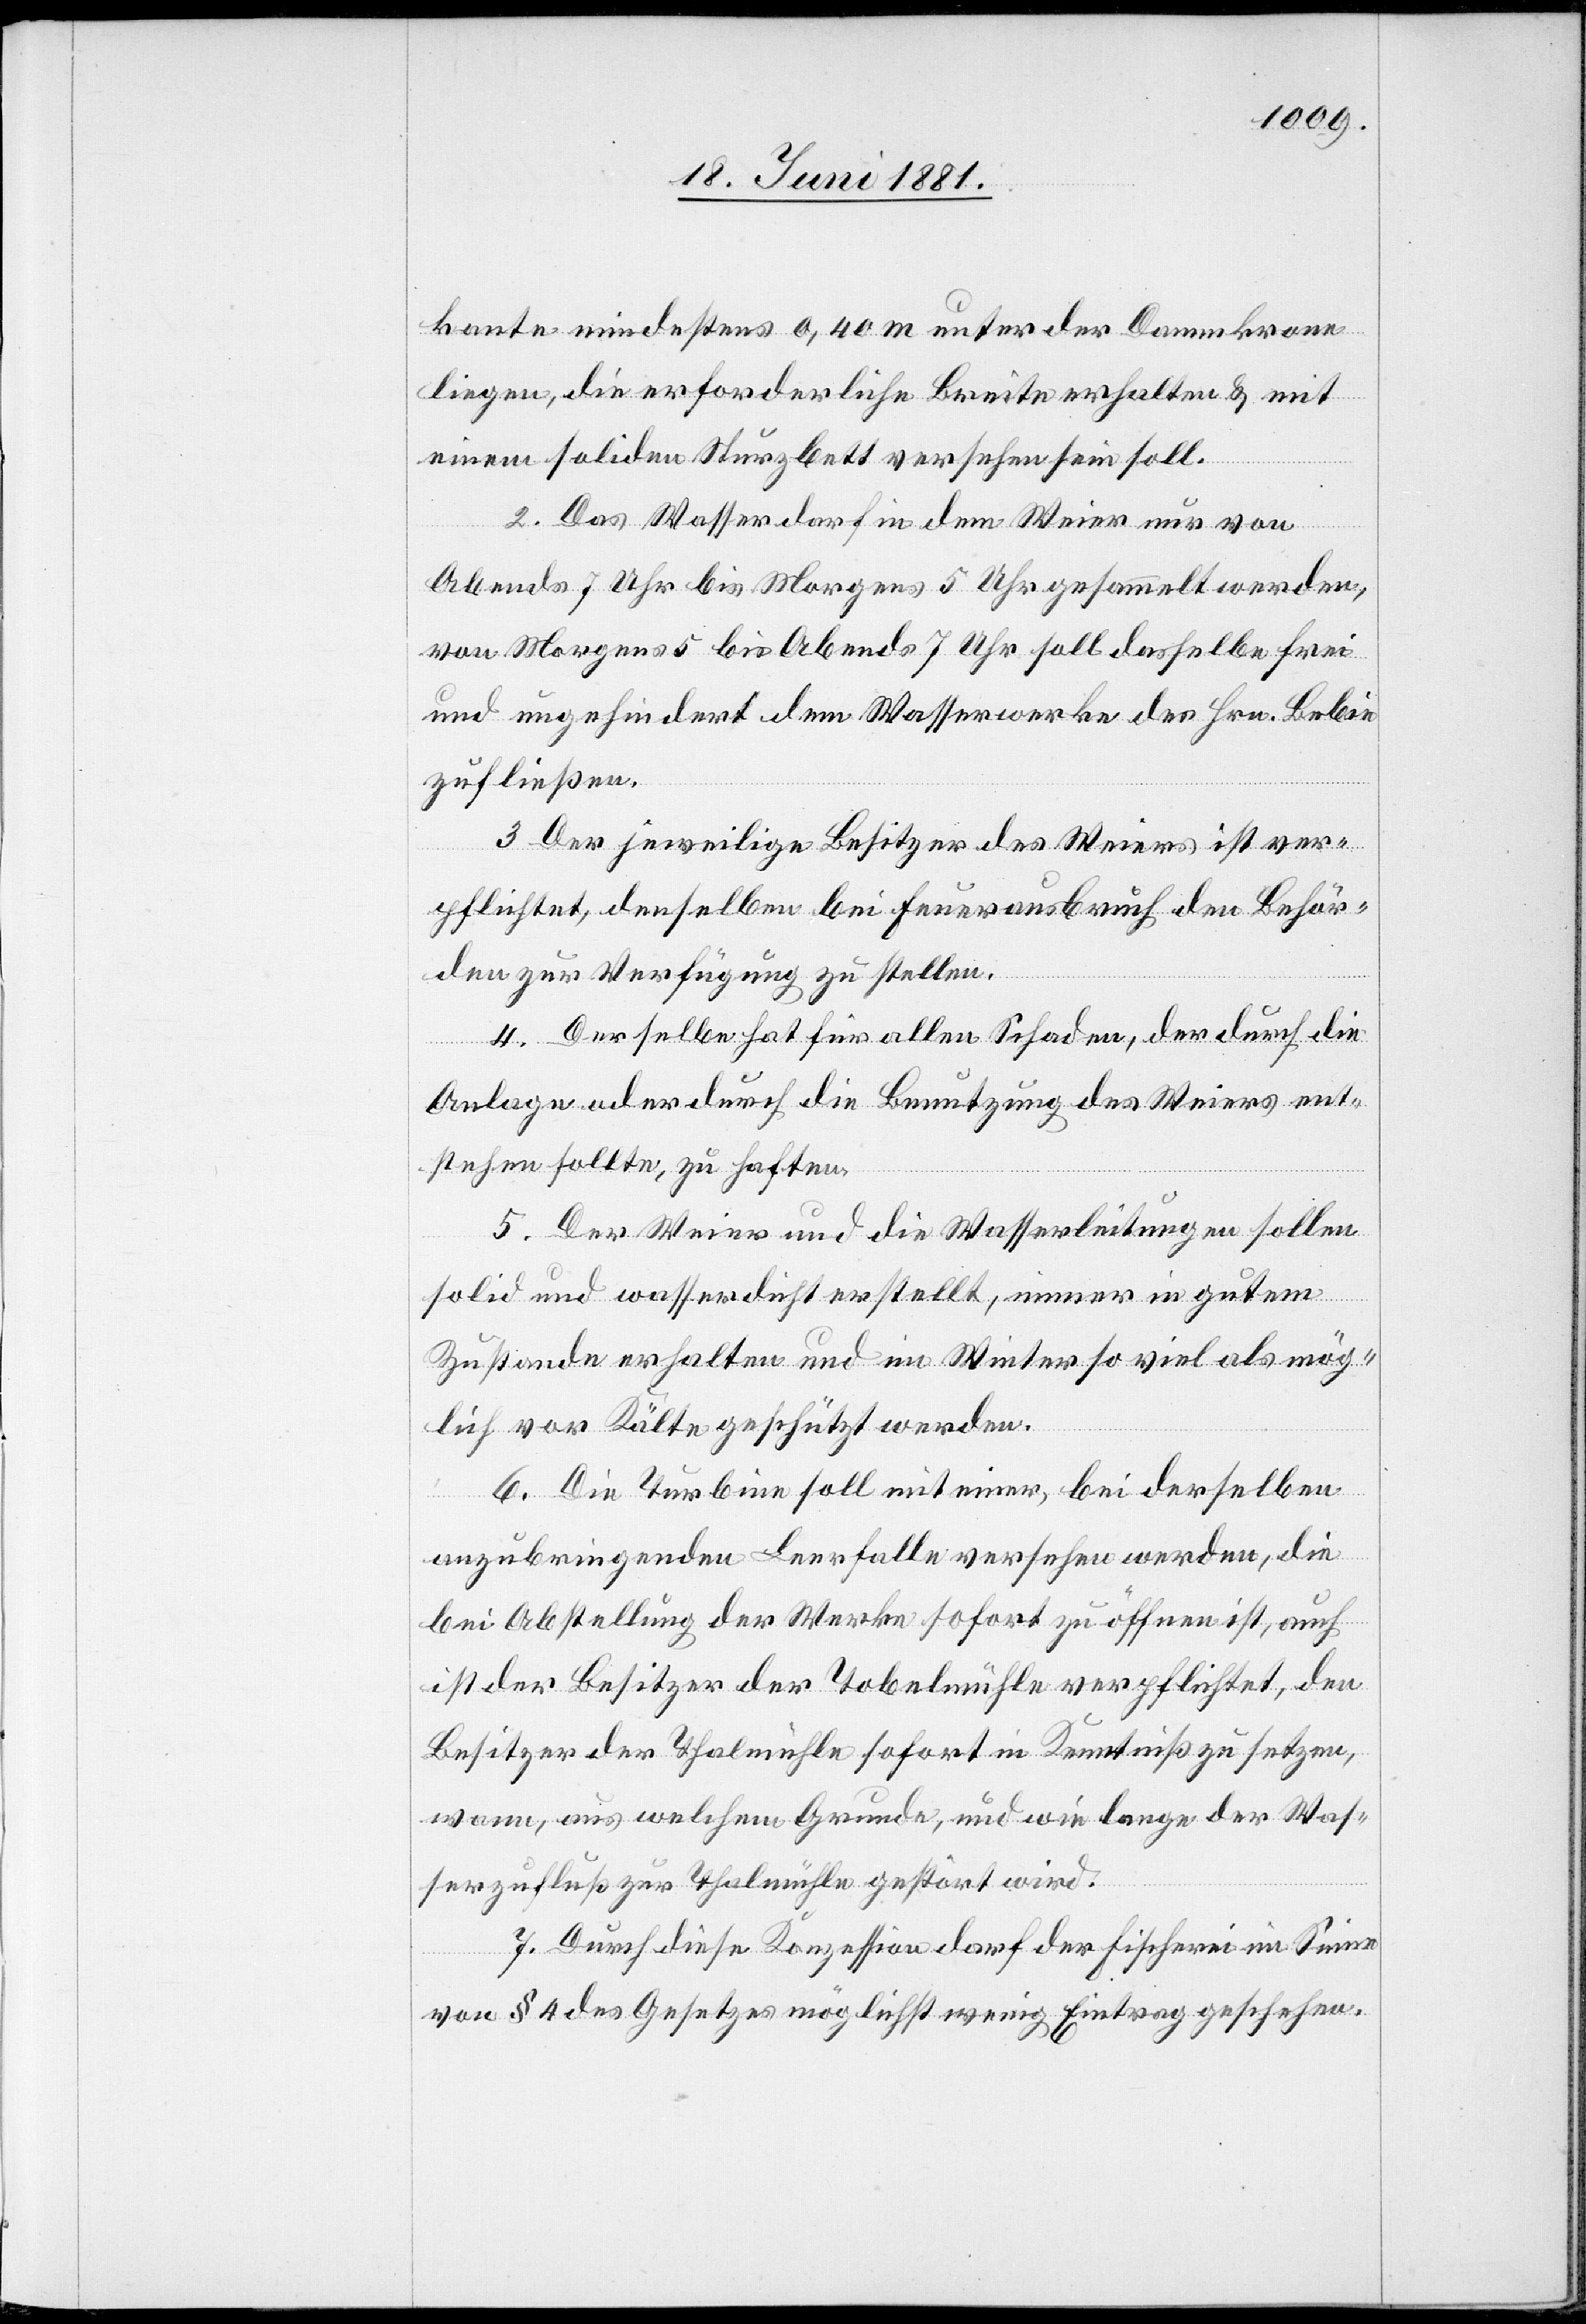
kante mindestens 0,40 m unter der Dammkrone
liegen, die erforderliche Breite erhalten & mit
einem soliden Sturzbett versehen sein soll.
2. Das Wasser darf in dem Weier nur von
Abends 7 Uhr bis Morgens 5 Uhr gesammelt werden,
von Morgens 5 bis Abends 7 Uhr soll dasselbe frei
und ungehindert dem Wasserwerke des Hrn. Bebie
zufließen.
3. Der jeweilige Besitzer des Weiers ist ver¬
pflichtet, denselben bei Feuerausbruch den Behör¬
den zur Verfügung zu stellen.
4. Derselbe hat für allen Schaden, der durch die
Anlage oder durch die Benutzung des Weiers ent¬
stehend sollte, zu haften.
5. Der Weier und die Wasserleitungen sollen
solid und wasserdicht erstellt, einer in gutem
Zustande erhalten und im Winter so viel als mög¬
lich vor Kälte geschützt werden.
6. Die Turbine soll mit einer, bei derselben
anzubringenden Leerfalle versehen werden, die
bei Abstellung der Werke sofort zu öffnen ist, auch
ist der Besitzer der Tobelmühle verpflichtet, den
Besitzer der Thalmühle sofort in Kenntniß zu setzen,
wann, aus welchem Grunde, und wie lange der Was¬
serzufluß zur Thalmühle gestört wird.
7. Durch diese Konzession darf der Fischerei im Sinne
von § 4 des Gesetzes möglichst wenig Eintrag geschehen.